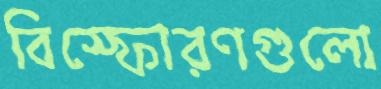
বিস্ফোরণগুলো